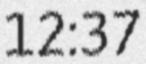
12:37